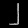
Digit: ၂